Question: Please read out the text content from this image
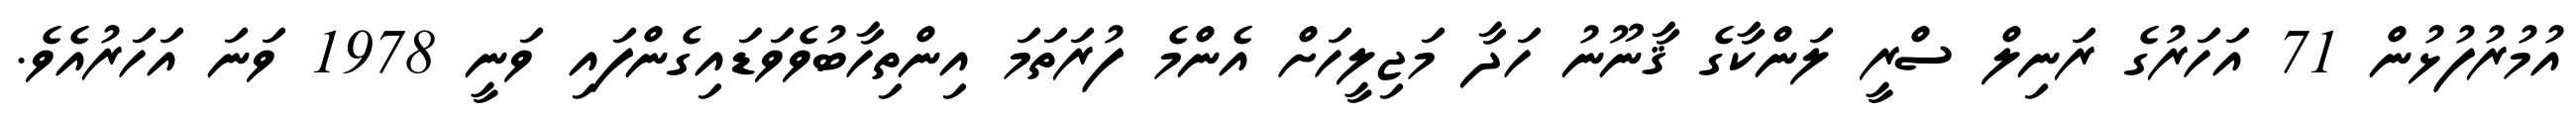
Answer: އުމުރުފުޅުން 71 އަހަރުގެ ރަނިލް ސްރީ ލަންކާގެ ޤާނޫނު ހަދާ މަޖިލީހަށް އެންމެ ފުރަތަމަ އިންތިހާބުވެވަޑައިގެންފައި ވަނީ 1978 ވަނަ އަހަރުއެވެ.